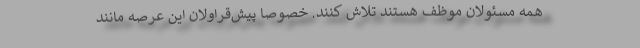
همه مسئولان موظف هستند تلاش کنند. خصوصا پیش‌قراولان این عرصه مانند